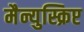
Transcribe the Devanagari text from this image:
मैन्युस्क्रिप्ट